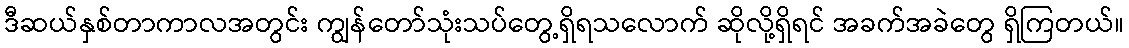
ဒီဆယ်နှစ်တာကာလအတွင်း ကျွန်တော်သုံးသပ်တွေ့ရှိရသလောက် ဆိုလို့ရှိရင် အခက်အခဲတွေ ရှိကြတယ်။